Calcutta medical institutions reports 1871-78
Year: 1871
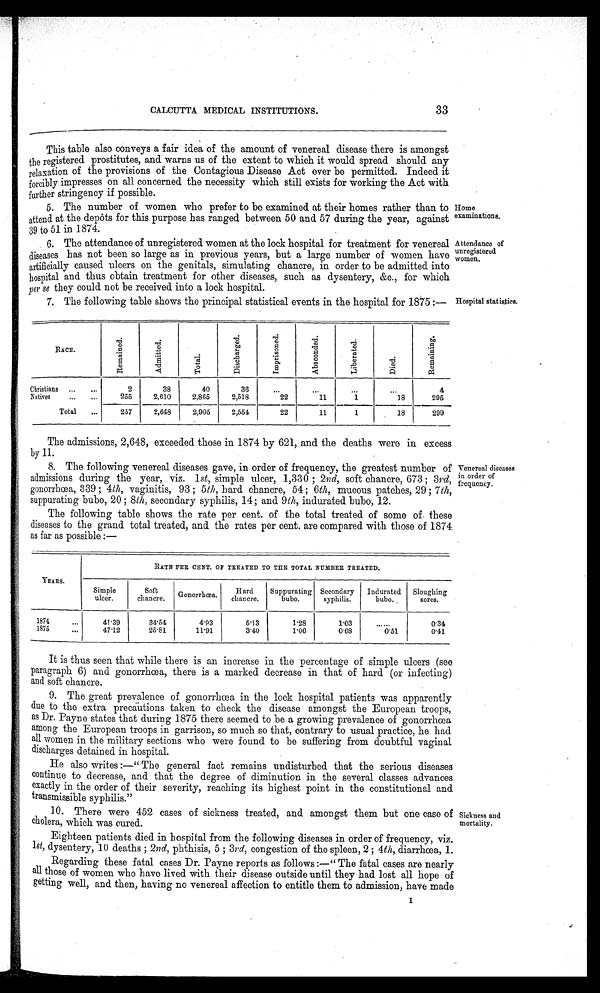
33
CALCUTTA MEDICAL INSTITUTIONS.
This table also conveys a fair idea of the amount of venereal disease there is amongst
the registered prostitutes, and warns us of the extent to which it would spread should any
relaxation of the provisions of the Contagious Disease Act ever be permitted. Indeed it
forcibly impresses on all concerned the necessity which still exists for working the Act with
further stringency if possible.
5. The number of women who prefer to be examined at their homes rather than to Homo
attend at the depôts for this purpose has ranged between 50 and 57 during the year, against examinations.
39 to 51 in 1874.
6. The attendance of unregistered women at the lock hospital for treatment for venereal Attendance of
unregistered
diseases has not been so large as in previous years, but a large number of women have women
artificially caused ulcers on the genitals, simulating chancre, in order to be admitted into
hospital and thus obtain treatment for other diseases, such as dysentery, &c., for which
per se they could not be received into a lock hospital.
7. The following table shows the principal statistical events in the hospital for 1875 :-- Hospital statistics.
R A C E .
R e m a i n e d .
A d m i t t e d .
T o t a l .
D i s c h a r g e d .
I m p r i s o n e d
A b s c o n d e d
L i b e r n t e d . D i e d .
R e m a i n i n g .
Chri st i ans
38
40
36
4
N a t i v e s 255 2, 610 2, 865 2, 518
22
11
1
18 295
Total
257 2, 648 2,905 2, 554
22
11
1
18 299
The admissions, 2,648, exceeded those in 1874 by 621, and the deaths were in excess
by 11
8. The following venereal diseases gave, in order of frequency, the greatest number of Venereal diseases
;
uenc.f ;
admissions during the year, viz. 1 st, simple ulcer, 1,330 ; 2nd, soft chancre, 673 ; 3rd, freq
gonorrhœa, 339 ; 4th, vaginitis, 93 ; 5th, hard chancre, 54 ; 6 th, mucous patches, 29 ; 7th,
suppurating bubo, 20 ; 8th, secondary syphilis, 14; and 9th, indurated bubo, 12.
The following table shows the rate per cent. of the total treated of some of these
diseases to the grand total treated, and the rates per cent. are compared with those of 1874
as far as possible :—
YEARS.
RATE PER CENT. OF TREATED TO THE TOTAL NUMBER TREATED.
Simple u l c e r .
Soft
chancre. Gonorrhœa' Hard
chancre. Suppurating bubo. Secondary syphilis. Indurated bubo Sloughing sores.
1 8 7 4 41. 39
34. 54
4. 93
5. 13
1. 28
1. 03
0 . 3 4
1 8 7 5 47. 12
25. 81
11. 91
3. 40
1. 06
0. 68
0' 51
0 . 4 1
It is thus seen that while there is an increase in the percentage of simple ulcers (see
paragraph 6) and gonorrhœa, there is a marked decrease in that of hard (or infecting)
and soft chancre.
9. The great prevalence of gonorrhœa in the lock hospital patients was apparently
due to the extra precautions taken to check the disease amongst the European troops,
as Dr. Payne states that during 1875 there seemed to be a growing prevalence of gonorrhoea
among the European troops in garrison, so much so that, contrary to usual practice, he had
all women in the military sections who were found to be suffering from doubtful vaginal
discharges detained in hospital.
He also writes :—" The general fact remains undisturbed that the serious diseases
continue to decrease, and that the degree of diminution in the several classes advances
exactly in the order of their severity, reaching its highest point in the constitutional and
t ransmissible syphilis."
10.There were 452 cases of sickness treated, and amongst them but one case of
cholera, which was cured.
Eighteen patients died in hospital from the following diseases in order of frequency, viz.
1st, dysentery, 10 deaths ; 2nd, phthisis, 5 ; 3rd, congestion of the spleen, 2 ; 4th, diarrhœa, 1.
Regarding these fatal cases Dr. Payne reports as follows :—" The fatal cases are nearly
all those of women who have lived with their disease outside until they had lost all hope of
getting well, and then, having no venereal affection to entitle them to admission, have made
Sickness and
mortality.